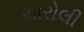
ચારોલી